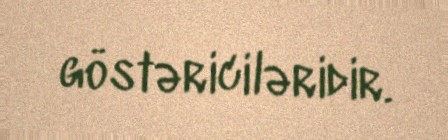
göstəriciləridir.